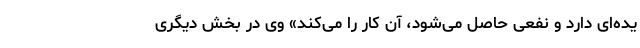
یده‌ای دارد و نفعی حاصل می‌شود، آن کار را می‌کند» وی در بخش دیگری